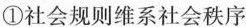
①社会规则维系社会秩序